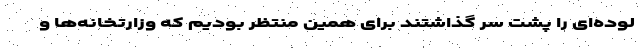
لوده‌ای را پشت سر گذاشتند برای همین منتظر بودیم که وزارتخانه‌ها و